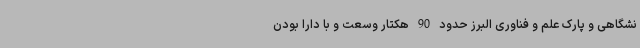
نشگاهی و پارک علم و فناوری البرز حدود 90 هکتار وسعت و با دارا بودن